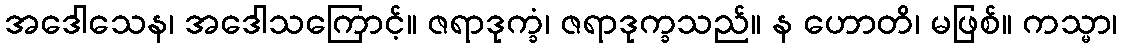
အဒေါသေန၊ အဒေါသကြောင့်။ ဇရာဒုက္ခံ၊ ဇရာဒုက္ခသည်။ န ဟောတိ၊ မဖြစ်။ ကသ္မာ၊